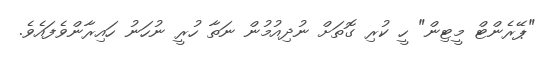
"ޕޭރެންޓް މީޓިން" ހީ ކުރި ގޮތަށް ނުދިއުމުން ނަތާ ހުރީ ނުހަނު ހައިރާންވެފައެވެ.